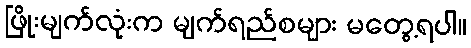
ဖြိုးမျက်လုံးက မျက်ရည်စများ မတွေ့ရပါ။